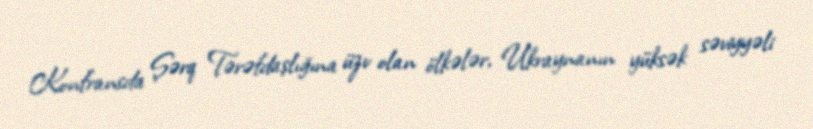
Konfransda Şərq Tərəfdaşlığına üzv olan ölkələr, Ukraynanın yüksək səviyyəli